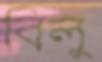
বিলু